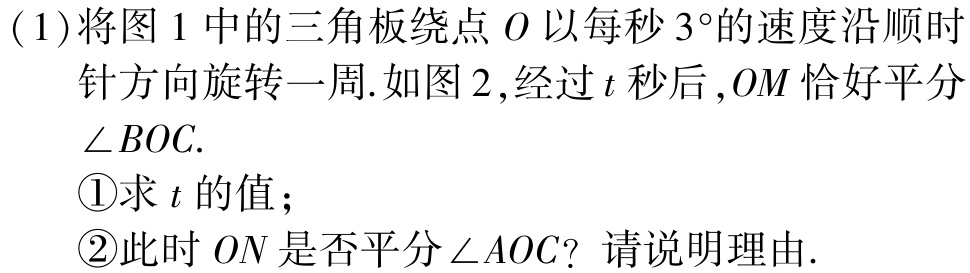
(1)将图1中的三角板绕点\(O\)以每秒\(3^{\circ}\)的速度沿顺时针方向旋转一周.如图2,经过\(t\)秒后,\(OM\)恰好平分\(\angle BOC\).

\textcircled{1}求\(t\)的值；

\textcircled{2}此时\(ON\)是否平分\(\angle AOC\)？请说明理由.